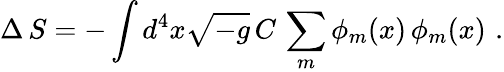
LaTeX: \Delta\, S=-\int d^{4}x\sqrt{-g}\, C\, \sum_{m}\phi_{m}(x)\, \phi_{m}(x)\, \, .